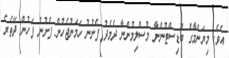
އެވެ. މިޔަންމާގެ ބުޑިސްޓުންނާ މުސްލިމުންނާ ދެމެދު ފެށުނު ހަމަނުޖެހުން ފެށުނު ފަހުން ދޭތެރެ